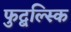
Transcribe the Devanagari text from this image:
फुद्बल्स्कि